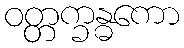
ဝတ္တက္ခန္ဓကော